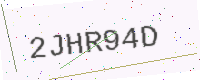
Text: 2JHR94D